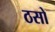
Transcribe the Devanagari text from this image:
ठसो